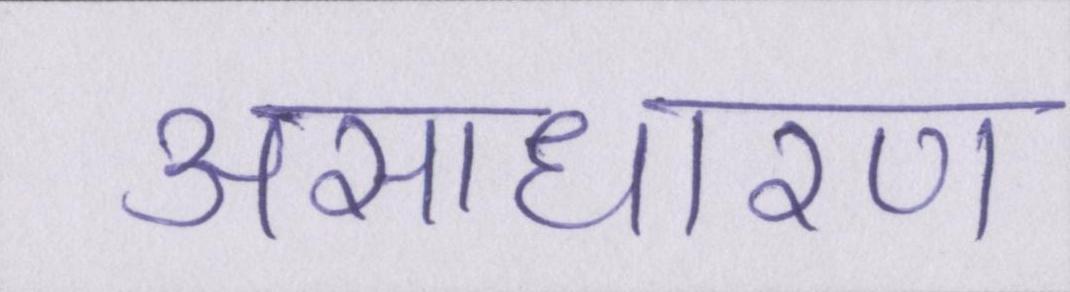
असाधारण